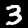
Digit: 3